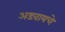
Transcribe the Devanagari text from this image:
अडवायचे